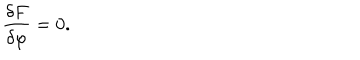
LaTeX: \frac { \delta F } { \delta \varphi } = 0 .